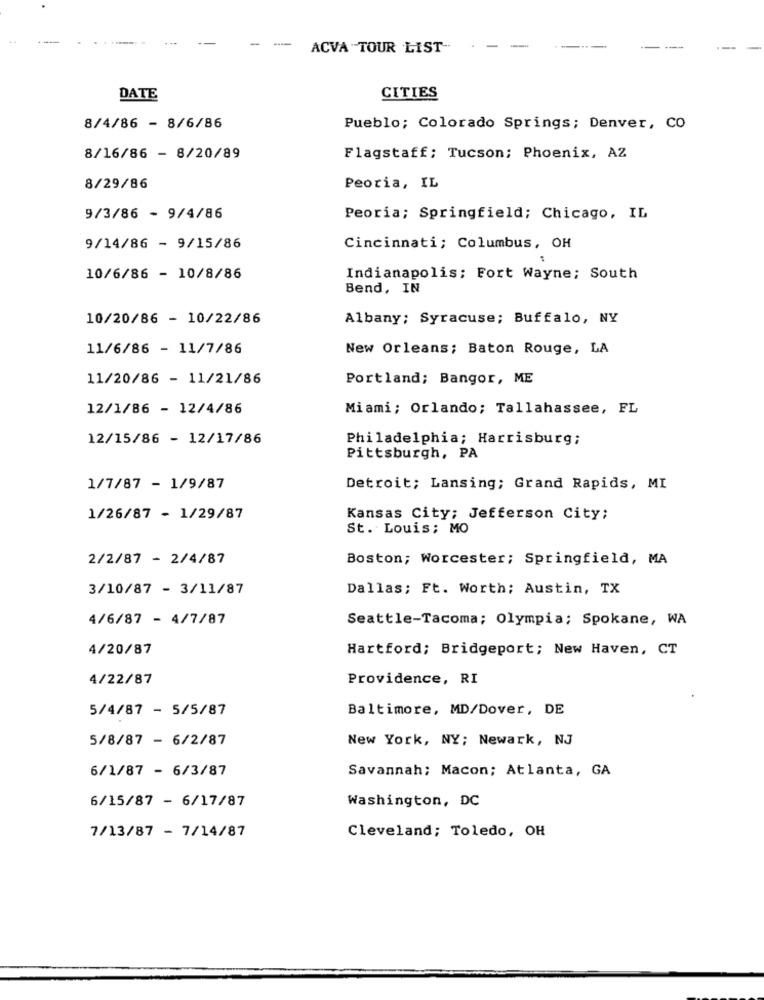
-
ACVA TOUR LIST-
-
DATE
CITIES
8/4/86 - 8/6/86
Pueblo; Colorado Springs; Denver, CO
8/16/86 - 8/20/89
Flagstaff; Tucson; Phoenix, AZ
8/29/86
Peoria, IL
9/3/86 - 9/4/86
Peoria; Springfield; Chicago, IL
9/14/86 - 9/15/86
Cincinnati; Columbus, OH
10/6/86 - 10/8/86
Indianapolis; Fort Wayne; South
Bend, IN
10/20/86 - 10/22/86
Albany; Syracuse; Buffalo, NY
11/6/86 - 11/7/86
New Orleans; Baton Rouge, LA
11/20/86 - 11/21/86
Portland; Bangor, ME
12/1/86 - 12/4/86
Miami; Orlando; Tallahassee, FL
12/15/86 - 12/17/86
Philadelphia; Harrisburg;
Pittsburgh, PA
1/7/87 - 1/9/87
Detroit; Lansing; Grand Rapids, MI
1/26/87 - 1/29/87
Kansas City; Jefferson City;
St. Louis; MO
2/2/87 - 2/4/87
Boston; Worcester; Springfield, MA
3/10/87 - 3/11/87
Dallas; Ft. Worth; Austin, TX
4/6/87 - 4/7/87
Seattle-Tacoma; Olympia; Spokane, WA
4/20/87
Hartford; Bridgeport; New Haven, CT
4/22/87
Providence, RI
5/4/87 - 5/5/87
Baltimore, MD/Dover, DE
5/8/87 - 6/2/87
New York, NY; Newark, NJ
6/1/87 - 6/3/87
Savannah; Macon; Atlanta, GA
6/15/87 - 6/17/87
Washington, DC
7/13/87 - 7/14/87
Cleveland; Toledo, OH